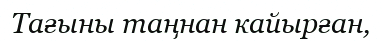
Тағыны таңнан кайырған,